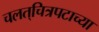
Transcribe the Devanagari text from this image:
चलत्‌चित्रपटाच्या